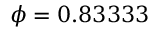
\phi = 0 . 8 3 3 3 3